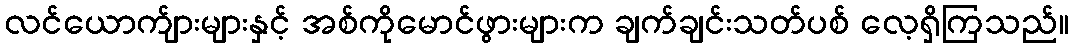
လင်ယောက်ျားများနှင့် အစ်ကိုမောင်ဖွားများက ချက်ချင်းသတ်ပစ် လေ့ရှိကြသည်။